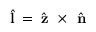
\hat { \textbf { l } } \! = \! \hat { \textbf { z } } \times \hat { \textbf { n } }